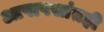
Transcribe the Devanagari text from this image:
आपापसांतही